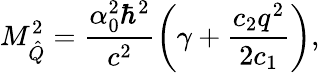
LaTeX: M_{\hat{Q}}^{2}=\frac{\alpha_{0}^{2}\hbar^{2}}{c^{2}}\left(\gamma+\frac{c_{2}q^{2}}{2c_{1}}\right),